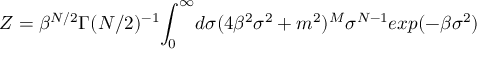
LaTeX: Z = \beta ^ { N / 2 } \Gamma ( N / 2 ) ^ { - 1 } { \LARGE \int _ { 0 } ^ { \infty } } d \sigma ( 4 \beta ^ { 2 } \sigma ^ { 2 } + m ^ { 2 } ) ^ { M } \sigma ^ { N - 1 } e x p ( - \beta \sigma ^ { 2 } )